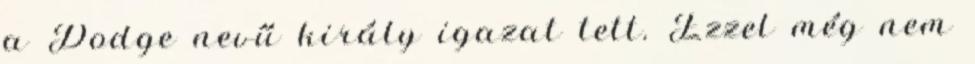
a Dodge nevű király igazat tett. Ezzel még nem